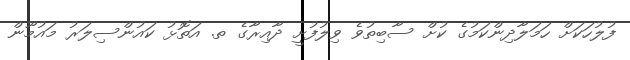
ފުލުހަކަށް ހަމަލާދިންކަމުގެ ކުށް ސާބިތުވެ ވިލުފުށީ ދާއިރާގެ ތ. އަތޮޅު ކައުންސިލަރު މައުމޫން